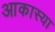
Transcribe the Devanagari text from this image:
आकास्या